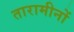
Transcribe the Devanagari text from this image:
तारामीनों